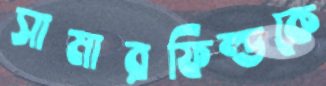
সামারফিল্ডকে